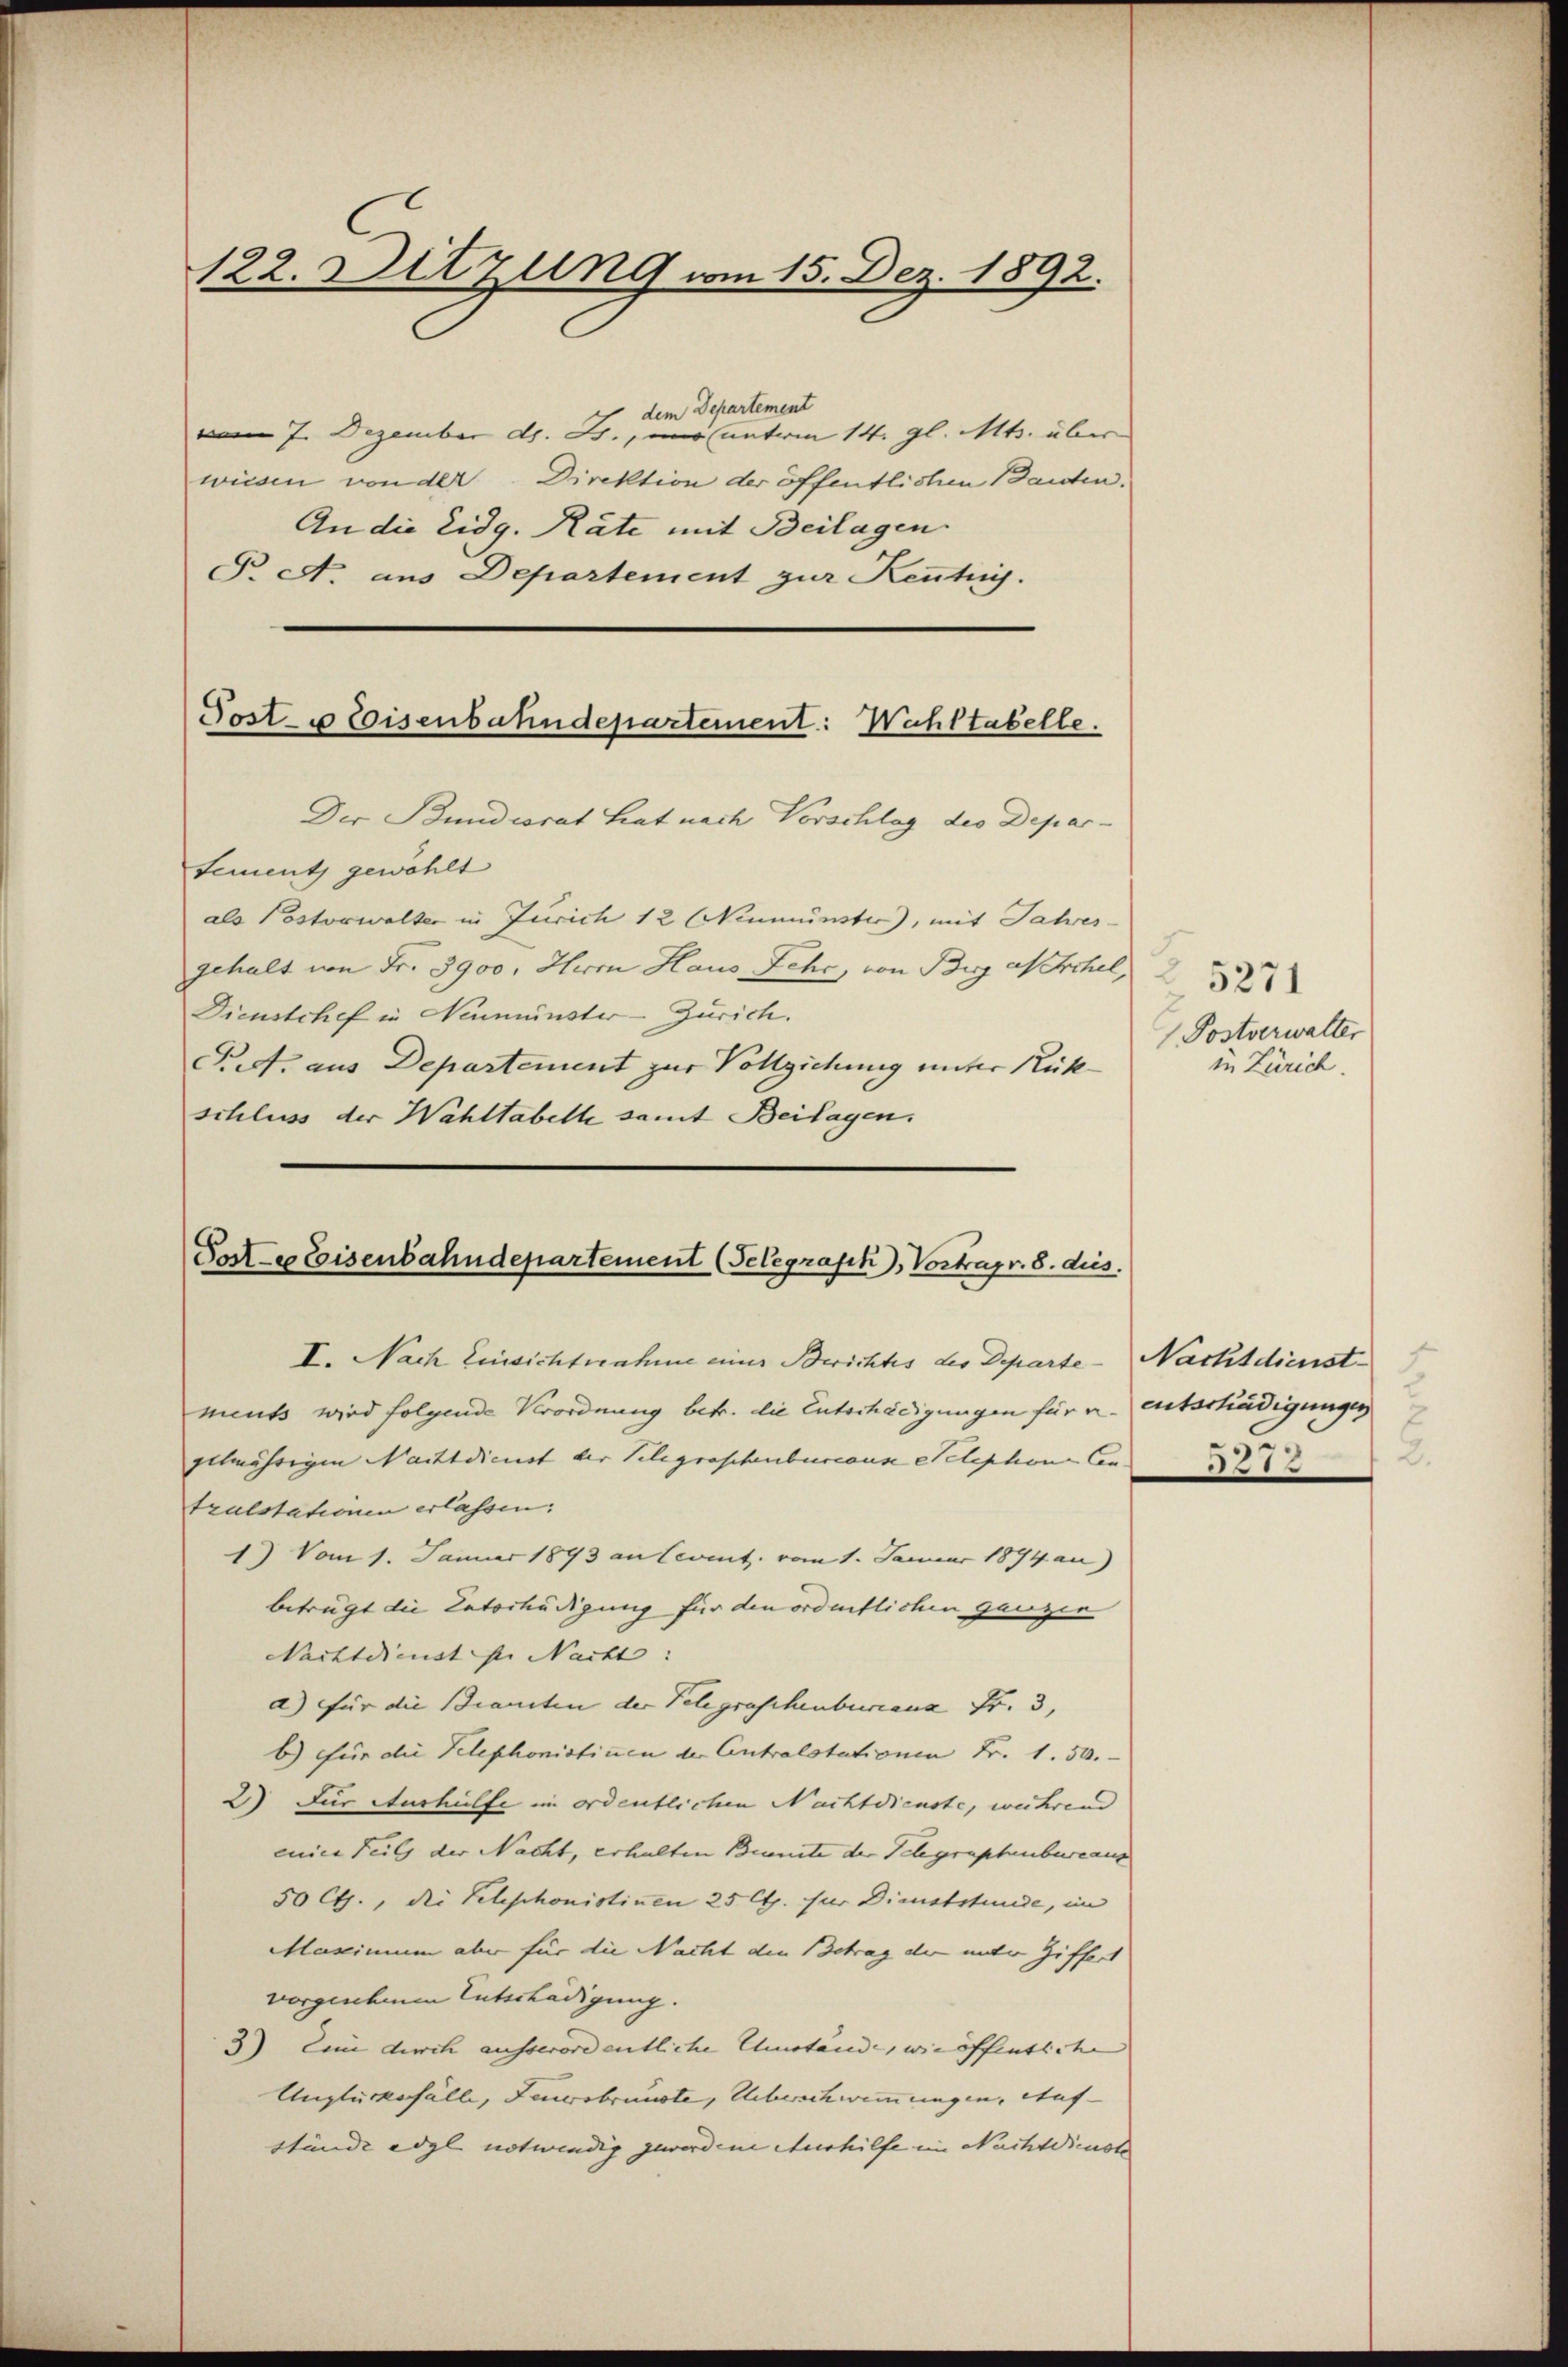
122. Ditzung vom 15. Dez. 1892.

dem Departement
vom 7. Dezember d. Js., mir unterm 14. gl. Mts. über
wiesen von der Direktion der öffentlichen Bauten.
An die Eidg. Räte mit Beilagen
T. A. aus Departement zur Keutig.

Poste Eisenbahndepartement: Wohltabelle.

Tolle Eisenbahndepartement (Telegraph, Vortrag v. 8. dies

Der Bundiorat hat nach Vorschlag des Departement gewählt
als Postorwalter in Zürich 12 Ninmünster), mit Jahresgehalt von Fr. 3900. Herrn Haus Fehr, von Bieg als Orchel,
Dienstchef in Neumünster - Zürich.
Prof. aus Departement zur Vollziehung unter Rück-
schluss der Wahltabelle samt Beilagen.

25271
Postverwalter
in Zürich.

I. Nach Einsichtnahme einer Berichtes des Departe - Nachtdienst
ments wird folgende Verordnung betr. die Entschädigungen für u. entschädigungen
Ellmährigen Nachtdienst der Telegraschenbureaus Telephons Contralstationen erlassen:
1) Vom 1. Januar 1893 an Levent. vom 1. Januar 1894 au
betrügt die Unterhädigung für den ordentlichen ganzen
Nachtdienst sei Nacht:
a) für die Brandten der Telegraschenbureaux Fr. 3,
b.) Für die Telephonistinen der Antralstationen Fr. 1. 50.
2) Für Aushülfe im ordentlichen Nachtdienste, während
eier Teil der Nacht, erhalten Brunste der Telegraphenbureaus
50 Cts., die Telephonistinen 25 Cts. für Dienststunde, im
Mascinium aber für die Nacht den Betrag der unter Ziffert
vorgeschem Entschädigung.
3) Eine durch ausserordentliche Umstände, wie öffentliche |
Unglücksfälle, Feuersbrunste, Ueberschwemmungen. Auf- |
stände ergl. notwendig gewordene Aushilfe im Nachtdienste

y
2.